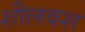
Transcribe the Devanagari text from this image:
शीलवश